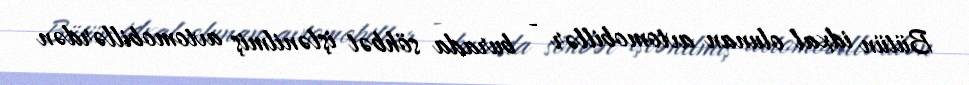
Bütün idxal olunan avtomobillər - burada söhbət işlənilmiş avtomobillərdən